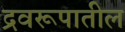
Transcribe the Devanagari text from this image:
द्रवरूपातील